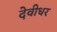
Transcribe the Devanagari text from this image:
देवीधर